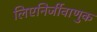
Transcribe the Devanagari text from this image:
लिएनिर्जीवाणुक